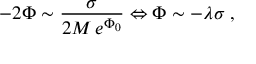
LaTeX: - 2 \Phi \sim \frac { \sigma } { 2 M \, e ^ { \Phi _ { 0 } } } \Leftrightarrow \Phi \sim - \lambda \sigma \; ,